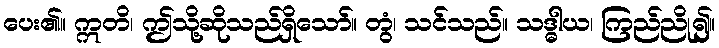
ပေး၏။ ဣတိ၊ ဤသို့ဆိုသည်ရှိသော်။ တွံ၊ သင်သည်။ သဒ္ဓါယ၊ ကြည်ညို၍။